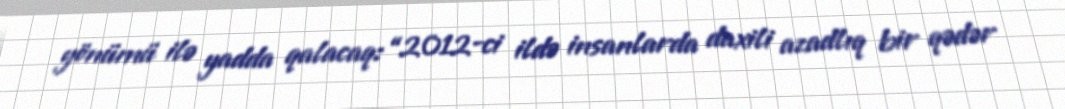
yönümü ilə yadda qalacaq: “2012-ci ildə insanlarda daxili azadlıq bir qədər